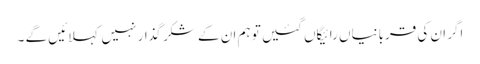
اگر ان کی قربانیاں رائیگاں گئیں تو ہم ان کے شکر گذار نہیں کہلائیں گے ۔